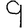
Digit: 9